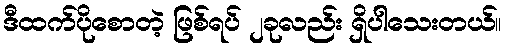
ဒီထက်ပိုစောတဲ့ ဖြစ်ရပ် ၂ခုလည်း ရှိပါသေးတယ်။